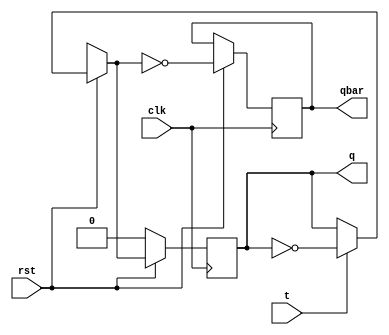
module T_ff(
    input t,
    input clk,
    input rst,
    output q,
    output qbar
    );
    reg q,qbar;
    initial q=0;
    always@(negedge clk)
    begin
    if(!rst)
    begin
    q<=0;
    end
    else
    begin 
        if (t==1)
            begin  
            q=~q;
            end
        else 
            begin   
            q=q;
            end
        qbar=~q;
    end
    end
    endmodule